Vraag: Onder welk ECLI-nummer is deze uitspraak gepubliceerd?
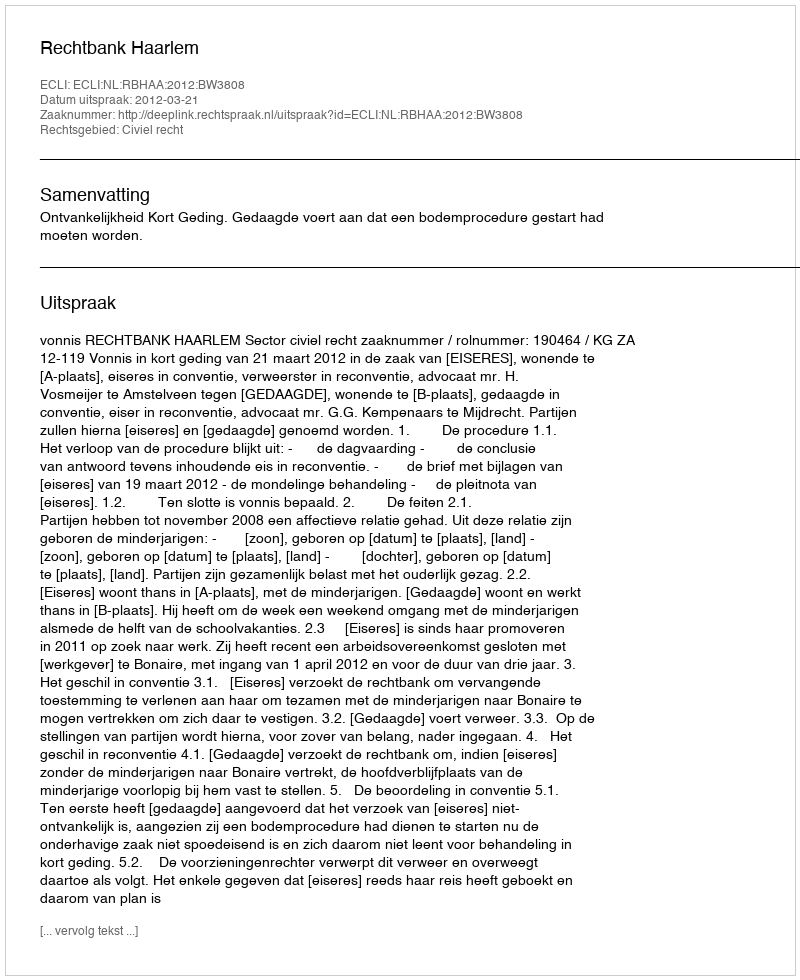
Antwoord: ECLI:NL:RBHAA:2012:BW3808